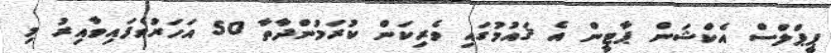
ޕީޕްލްސް އެކްޝަން ޕާޓީން އެ ޤައުމުގައި ވެރިކަން ކުރަމުންދާތާ 50 އަހަރުވެފައިވާއިރު މި